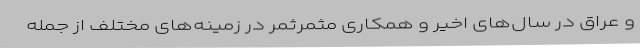
و عراق در سال‌های اخیر و همکاری مثمرثمر در زمینه‌های مختلف از جمله